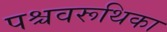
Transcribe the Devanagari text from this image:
पश्चवरूथिका